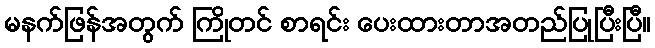
မနက်ဖြန်အတွက် ကြိုတင် စာရင်း ပေးထားတာအတည်ပြုပြီးပြီ။